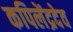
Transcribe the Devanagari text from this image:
कपिलेंद्रदेव